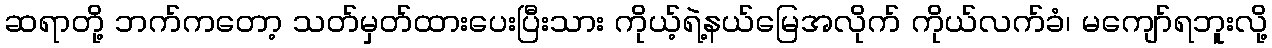
ဆရာတို့ ဘက်ကတော့ သတ်မှတ်ထားပေးပြီးသား ကိုယ့်ရဲ့နယ်မြေအလိုက် ကိုယ်လက်ခံ၊ မကျော်ရဘူးလို့